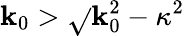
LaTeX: \mathbf{k}_{0}>\sqrt{}{{\mathbf{k}_{0}^{2}-\kappa^{2}}}